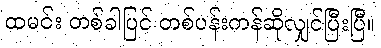
ထမင်း တစ်ခါပြင် တစ်ပန်းကန်ဆိုလျှင်ပြီးပြီ။